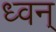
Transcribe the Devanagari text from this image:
ध्वन्